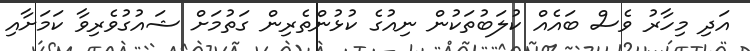
އަދި މިހާރު ވެސް ބައެއް ކުލަބުތަކުން ނިއުގެ ކުޅުންތެރިން ގަތުމަށް ޝައުގުވެރިވާ ކަމަށާއި